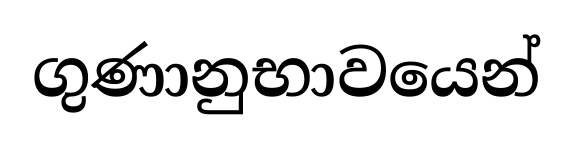
ගුණානුභාවයෙන්